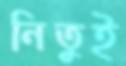
নিতুই